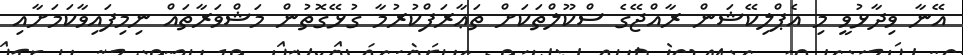
އޭނާ ވިދާޅުވީ މި އެޕްލިކޭޝަން ރާއްޖޭގެ ސްކޫލްތަކަށް ތަޢާރަފްކުރުމާ ގުޅޭގޮތުން މަޝްވަރާތައް ނިމިފައިވާކަމަށާއި